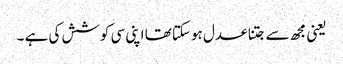
یعنی مجھ سے جتنا عدل ہوسکتا تھا اپنی سی کوشش کی ہے ۔